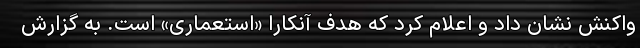
واکنش نشان داد و اعلام کرد که هدف آنکارا «استعماری» است. به گزارش